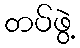
တပ်ဖွဲ့